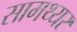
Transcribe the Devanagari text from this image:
सामथ्यर